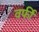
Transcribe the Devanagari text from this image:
वर्फी